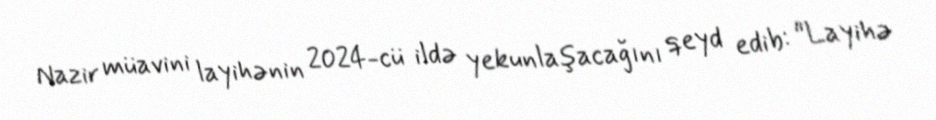
Nazir müavini layihənin 2024-cü ildə yekunlaşacağını qeyd edib: "Layihə